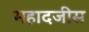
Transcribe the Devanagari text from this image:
महादजीस